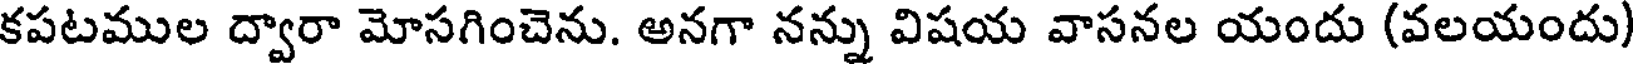
కపటముల ద్వారా మోసగించెను. అనగా నన్ను విషయ వాసనల యందు (వలయందు)